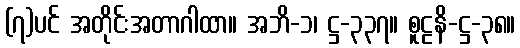
(၇)ပင် အတိုင်းအတာဂါထာ။ အဘိ-၁၊ ဋ္ဌ-၃၃၇။ စူဠနိ-ဋ္ဌ-၃၈။